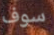
سوف